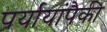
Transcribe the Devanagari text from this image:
पर्यायांपैकी